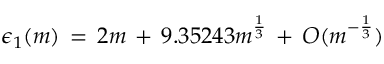
\epsilon _ { 1 } ( m ) \, = \, 2 m \, + \, 9 . 3 5 2 4 3 m \sp { \frac { 1 } { 3 } } \, + \, O ( m \sp { - { \frac { 1 } { 3 } } } )